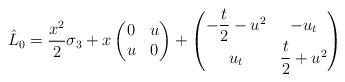
LaTeX: \begin{gather*}\hat{L}_0=\frac{x^2}{2}\sigma_3+x\begin{pmatrix}0&u\\ u&0\end{pmatrix}+\begin{pmatrix}-\dfrac{t}{2} -u^2&-u_t\\u_t&\dfrac{t}{2} + u^2\end{pmatrix}\end{gather*}